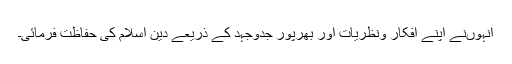
انہوںنے اپنے افکار ونظریات اور بھرپور جدوجہد کے ذریعے دین اسلام کی حفاظت فرمائی۔